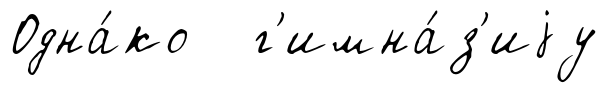
Одна́ко г'имна́з'иjу